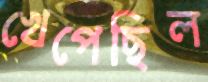
খেপেছিল